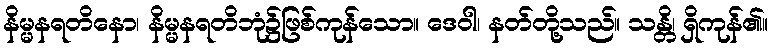
နိမ္မနရတိနော၊ နိမ္မနရတိဘုံ၌ဖြစ်ကုန်သော။ ဒေဝါ၊ နတ်တို့သည်။ သန္တိ၊ ရှိကုန်၏။